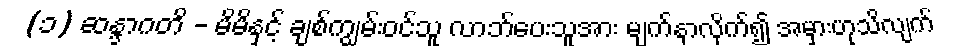
(၁) ဆန္ဒာဂတိ - မိမိနှင့် ချစ်ကျွမ်းဝင်သူ လာဘ်ပေးသူအား မျက်နှာလိုက်၍ အမှားဟုသိလျက်